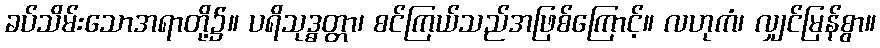
ခပ်သိမ်းသောအရာတို့၌။ ပရိသုဒ္ဓတ္တာ၊ စင်ကြယ်သည်အဖြစ်ကြောင့်။ လဟုကံ၊ လျှင်မြန်စွာ။